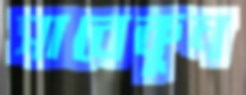
সাবেকুন